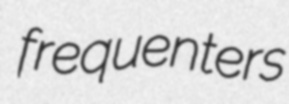
frequenters